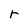
Character: r